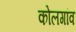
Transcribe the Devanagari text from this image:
कोलगांव